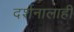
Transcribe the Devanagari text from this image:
दर्शनालाही